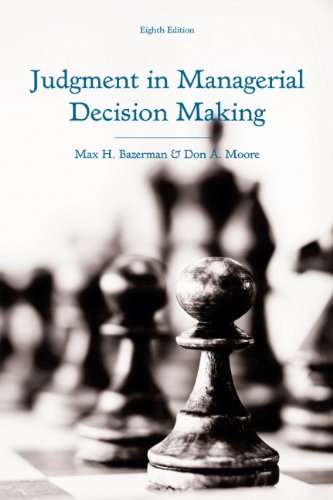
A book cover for Judgment in Managerial Decision Making; Max H. Bazerman; Business & Money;